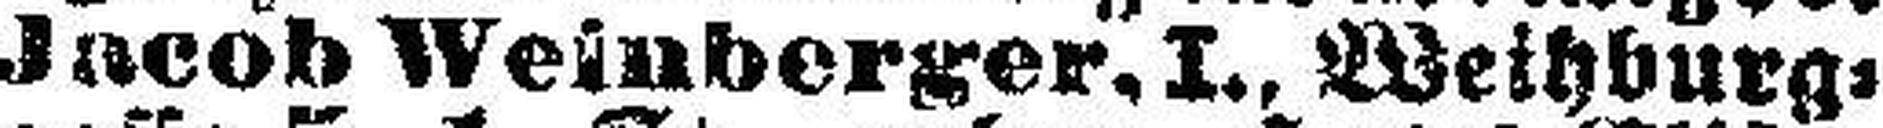
Jacob Weinberger, I., Weihburg¬